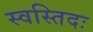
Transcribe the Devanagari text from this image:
स्वस्तिदः